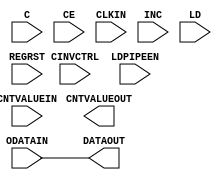
module ODELAYE2_1 (
   CNTVALUEOUT, DATAOUT,
   C, CE, CINVCTRL, CLKIN, CNTVALUEIN, INC, LD, LDPIPEEN, ODATAIN,
   REGRST
   );
    parameter CINVCTRL_SEL              = "FALSE";
    parameter DELAY_SRC                 = "ODATAIN";
    parameter HIGH_PERFORMANCE_MODE     = "FALSE";
    parameter [0:0] IS_C_INVERTED       = 1'b0;
    parameter [0:0] IS_ODATAIN_INVERTED = 1'b0;
    parameter ODELAY_TYPE               = "FIXED";
    parameter integer ODELAY_VALUE      = 0;
    parameter PIPE_SEL                  = "FALSE";
    parameter real REFCLK_FREQUENCY     = 200.0;
    parameter SIGNAL_PATTERN            = "DATA";
   input 	 C;           
   input 	 REGRST;      
   input 	 LD;          
   input 	 CE;          
   input 	 INC;         
   input 	 CINVCTRL;    
   input [4:0] 	 CNTVALUEIN;  
   input 	 CLKIN;       
   input 	 ODATAIN;     
   output 	 DATAOUT;     
   input 	 LDPIPEEN;    
   output [4:0]  CNTVALUEOUT; 
   assign DATAOUT=ODATAIN;
endmodule